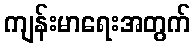
ကျန်းမာရေးအတွက်